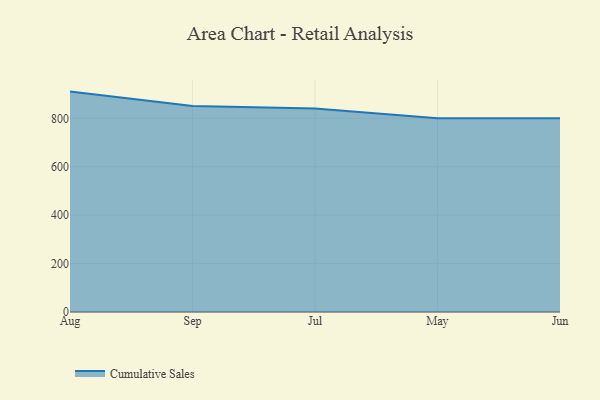
{"axis": {"x": "Month", "y": "Customer Acquisition Cost (USD)"}, "legend": ["Cumulative Sales"], "data": [{"x": "Aug", "y": 910.5, "type": "Cumulative Sales"}, {"x": "Sep", "y": 850.9, "type": "Cumulative Sales"}, {"x": "Jul", "y": 841.1, "type": "Cumulative Sales"}, {"x": "May", "y": 800, "type": "Cumulative Sales"}, {"x": "Jun", "y": 800, "type": "Cumulative Sales"}]}